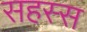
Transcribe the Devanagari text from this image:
सहस्स